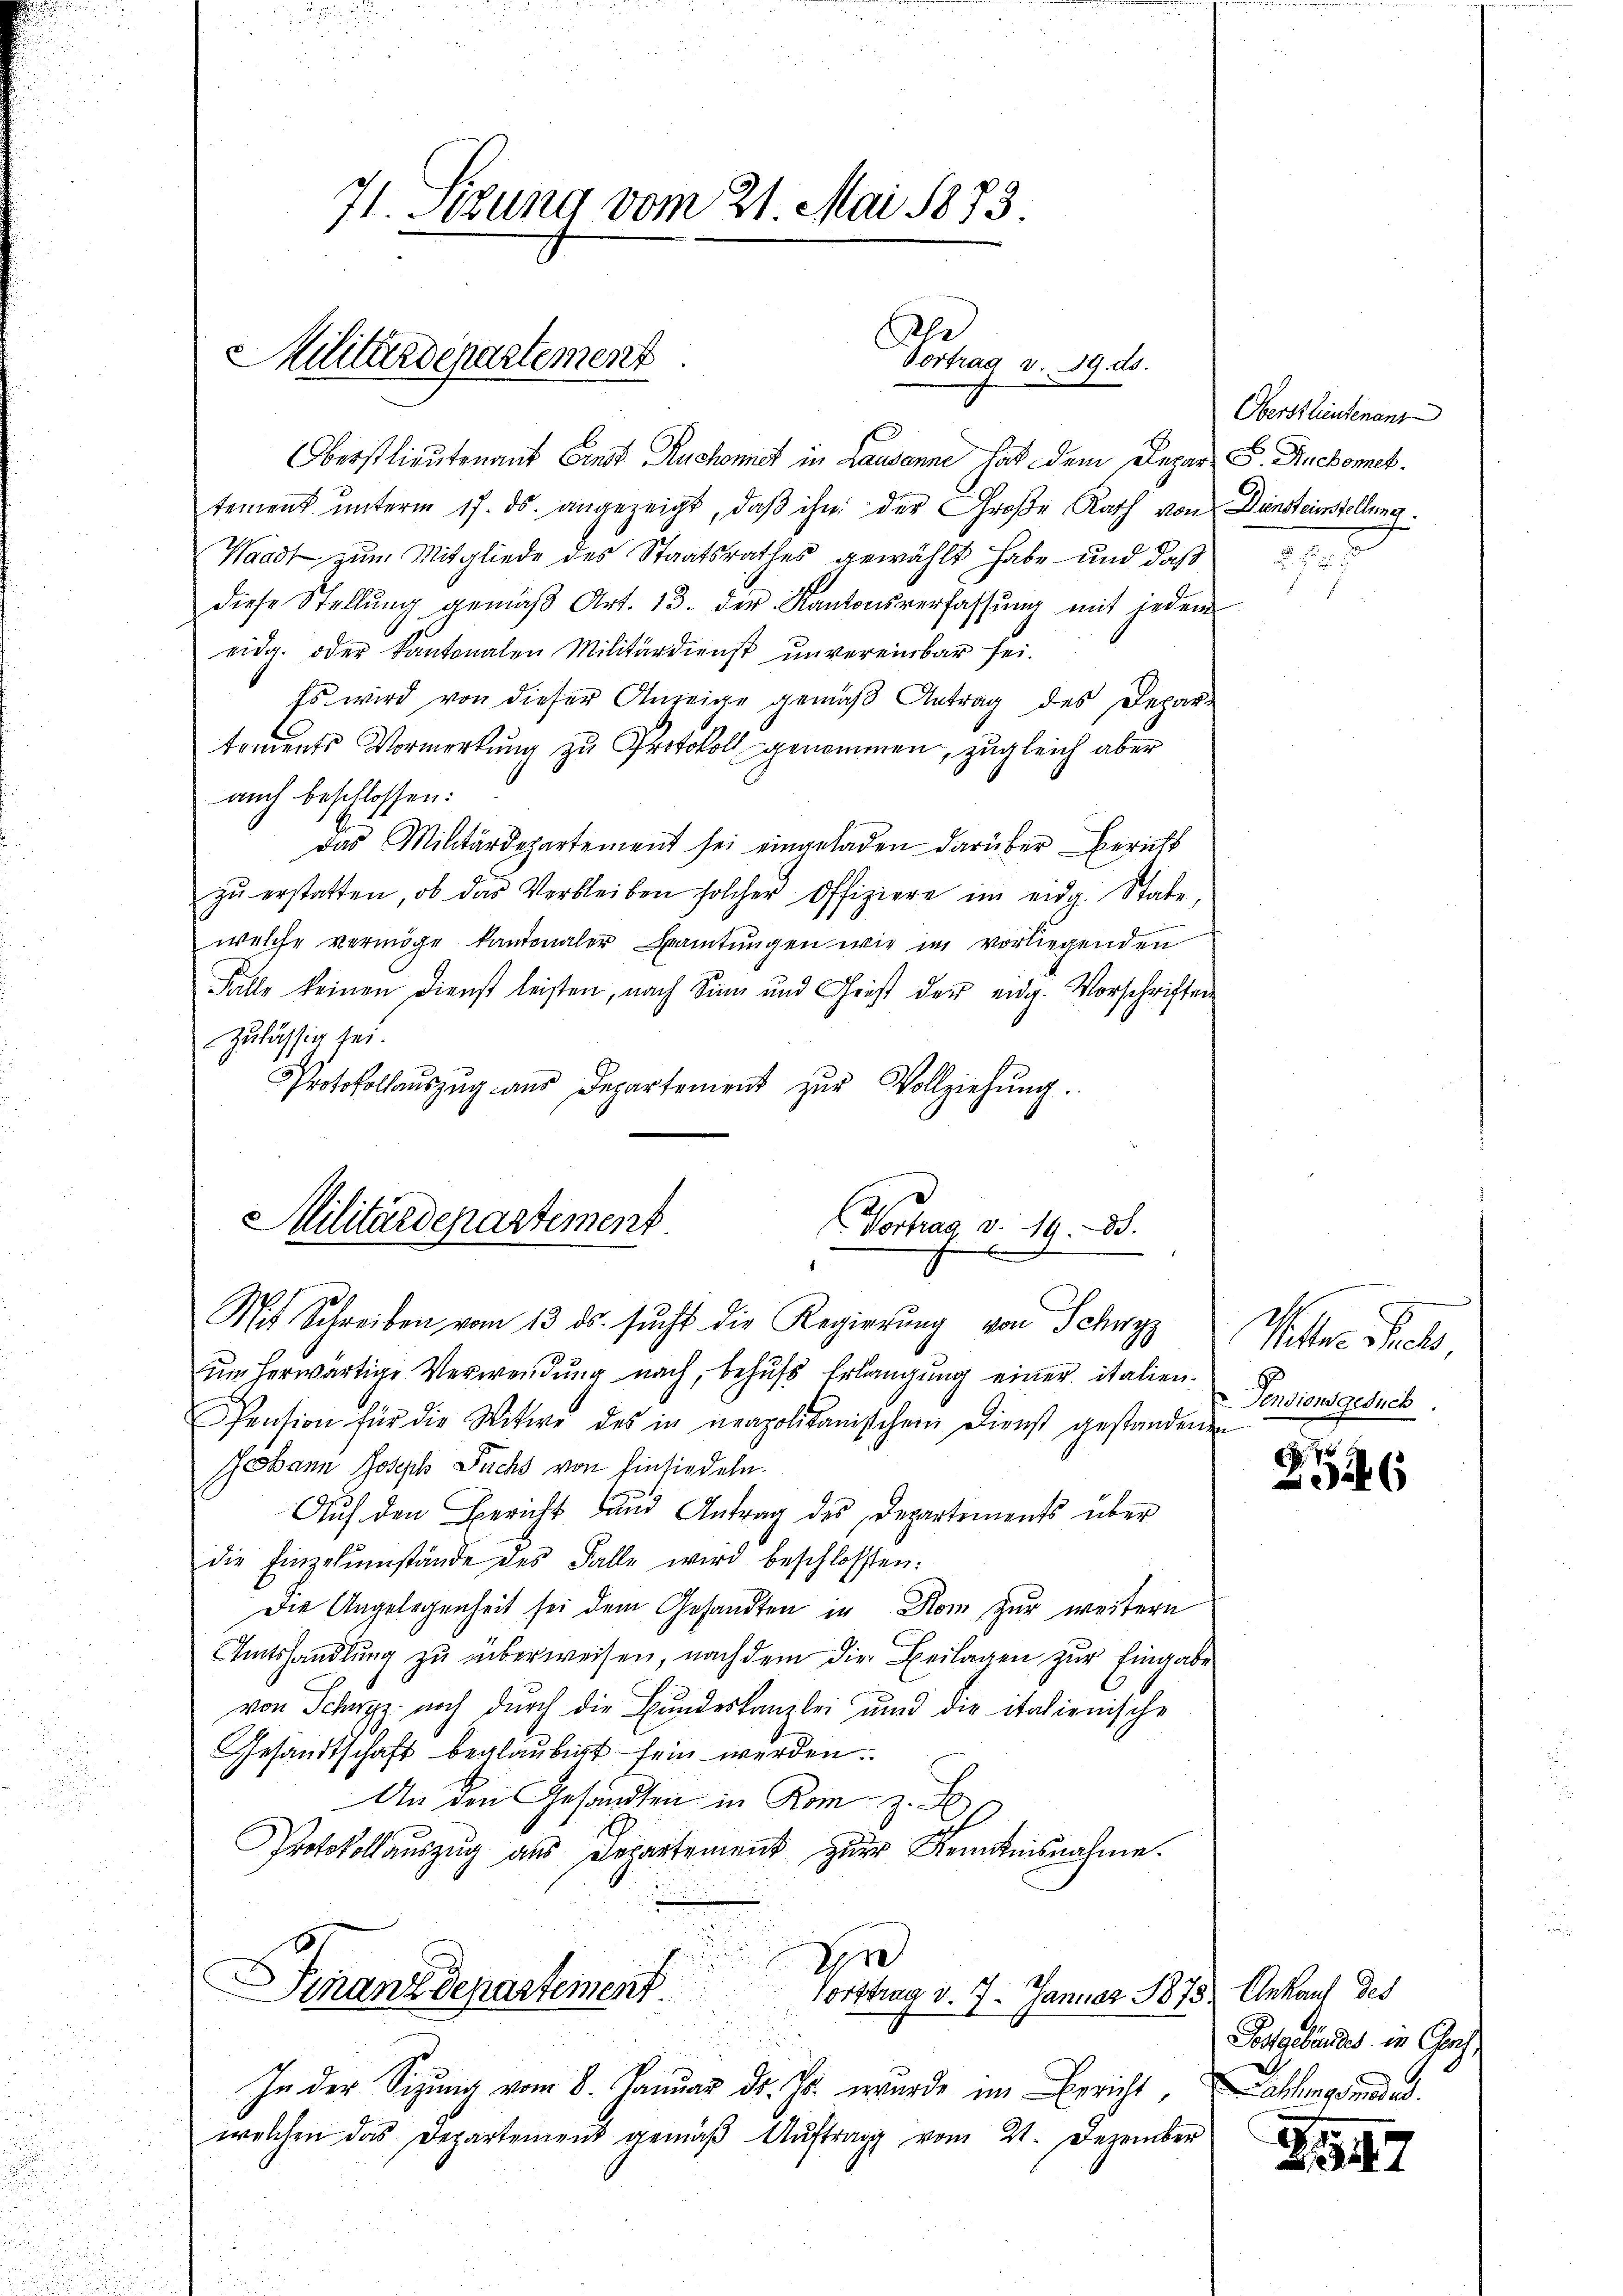
Militärdepartement

71. Sizung vom 21. Mai 1873.

Oberstlieutenant Ernst Ruchonet in Lausanne hat dem Depar- S. Ruckomet.
tement unterm 17. ds. angezeigt, daß ihn der Große Rath von Dünsteinstellung
Waadt zum Mitgliede des Staatsrathes gewählt habe und daß
diese Stellung gemäß Art. 13. der Kantonsverfassung mit jedem
eidg. oder Kantonalen Militärdienst unvereinbar sei.
Es wird von dieser Anzeige gemäβ Antrag des Depar-
toments Vormerkung zu Protokoll genommen, zugleich aber
auch beschlossen:
Das Militärdepartement sei eingeladen darüber Bericht
zŭ erstatten, ob das Verbleiben solcher Offiziere im eidg. State,
welche vermöge kantonaler Beamtŭngen wie im vorliegenden
Falle keinen Dienst leisten, nach Sinn und Christ der eidg. Vorschriften
Zulässig sei.
Protokollaŭszŭg aŭs Departement zŭr Vollziehŭng.
Militärdepartement

Frspar d. 219.

Vortrag d. 14. 38.
Mit Schreiben vom 13. ds. sŭcht die Regierŭng von Schwyz

um herwärtige Verwendung nach, behufs Erlangung einer italien¬
Pension für die Witwe des in neapolitanischen Dienst gestandenen
Johann Joseph Fuchs von Einsiedeln.
Auf den Bericht und Antrag des Departements über
die Einzelŭmstände des Falle wird beschlossen:
Die Angelegenheit sei dem Gesandten in Rom zur weitern
Amtshandlung zu überweisen, nachdem die Beilagen zur Eingabe
von Schwyz noch durch die Bundeskanzlei und die italienische
Gesandtschaft beglaubigt sein werden.
An den Gesandten in Rom z. B
Protokollauszug aus Departement zur Kenntnisnahme.
Er
Finanzdepartement
Vorttrag v. 7. Januar 1878 Ankauf des
In der Sitzung vom 8. Januar dr. Js. wurde im Bericht,
welchen das Departement gemäβ Aŭftrag vom 21. Dezember

Oberstlieutenant

Wetter Pol
Pensionsgesuch

9
946

Potgebäudes in Chris
chlegende

1247